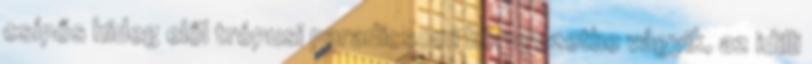
csípős hideg elől trópusi paradicsomi környezetbe vágyik, az idilli